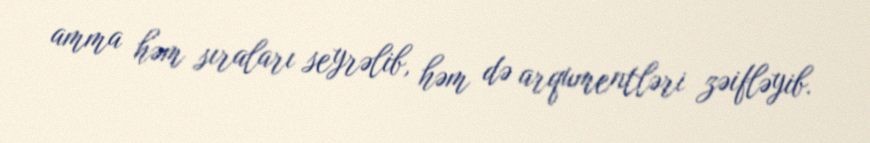
amma həm sıraları seyrəlib, həm də arqumentləri zəifləyib.